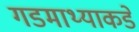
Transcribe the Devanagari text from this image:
गडमाथ्याकडे